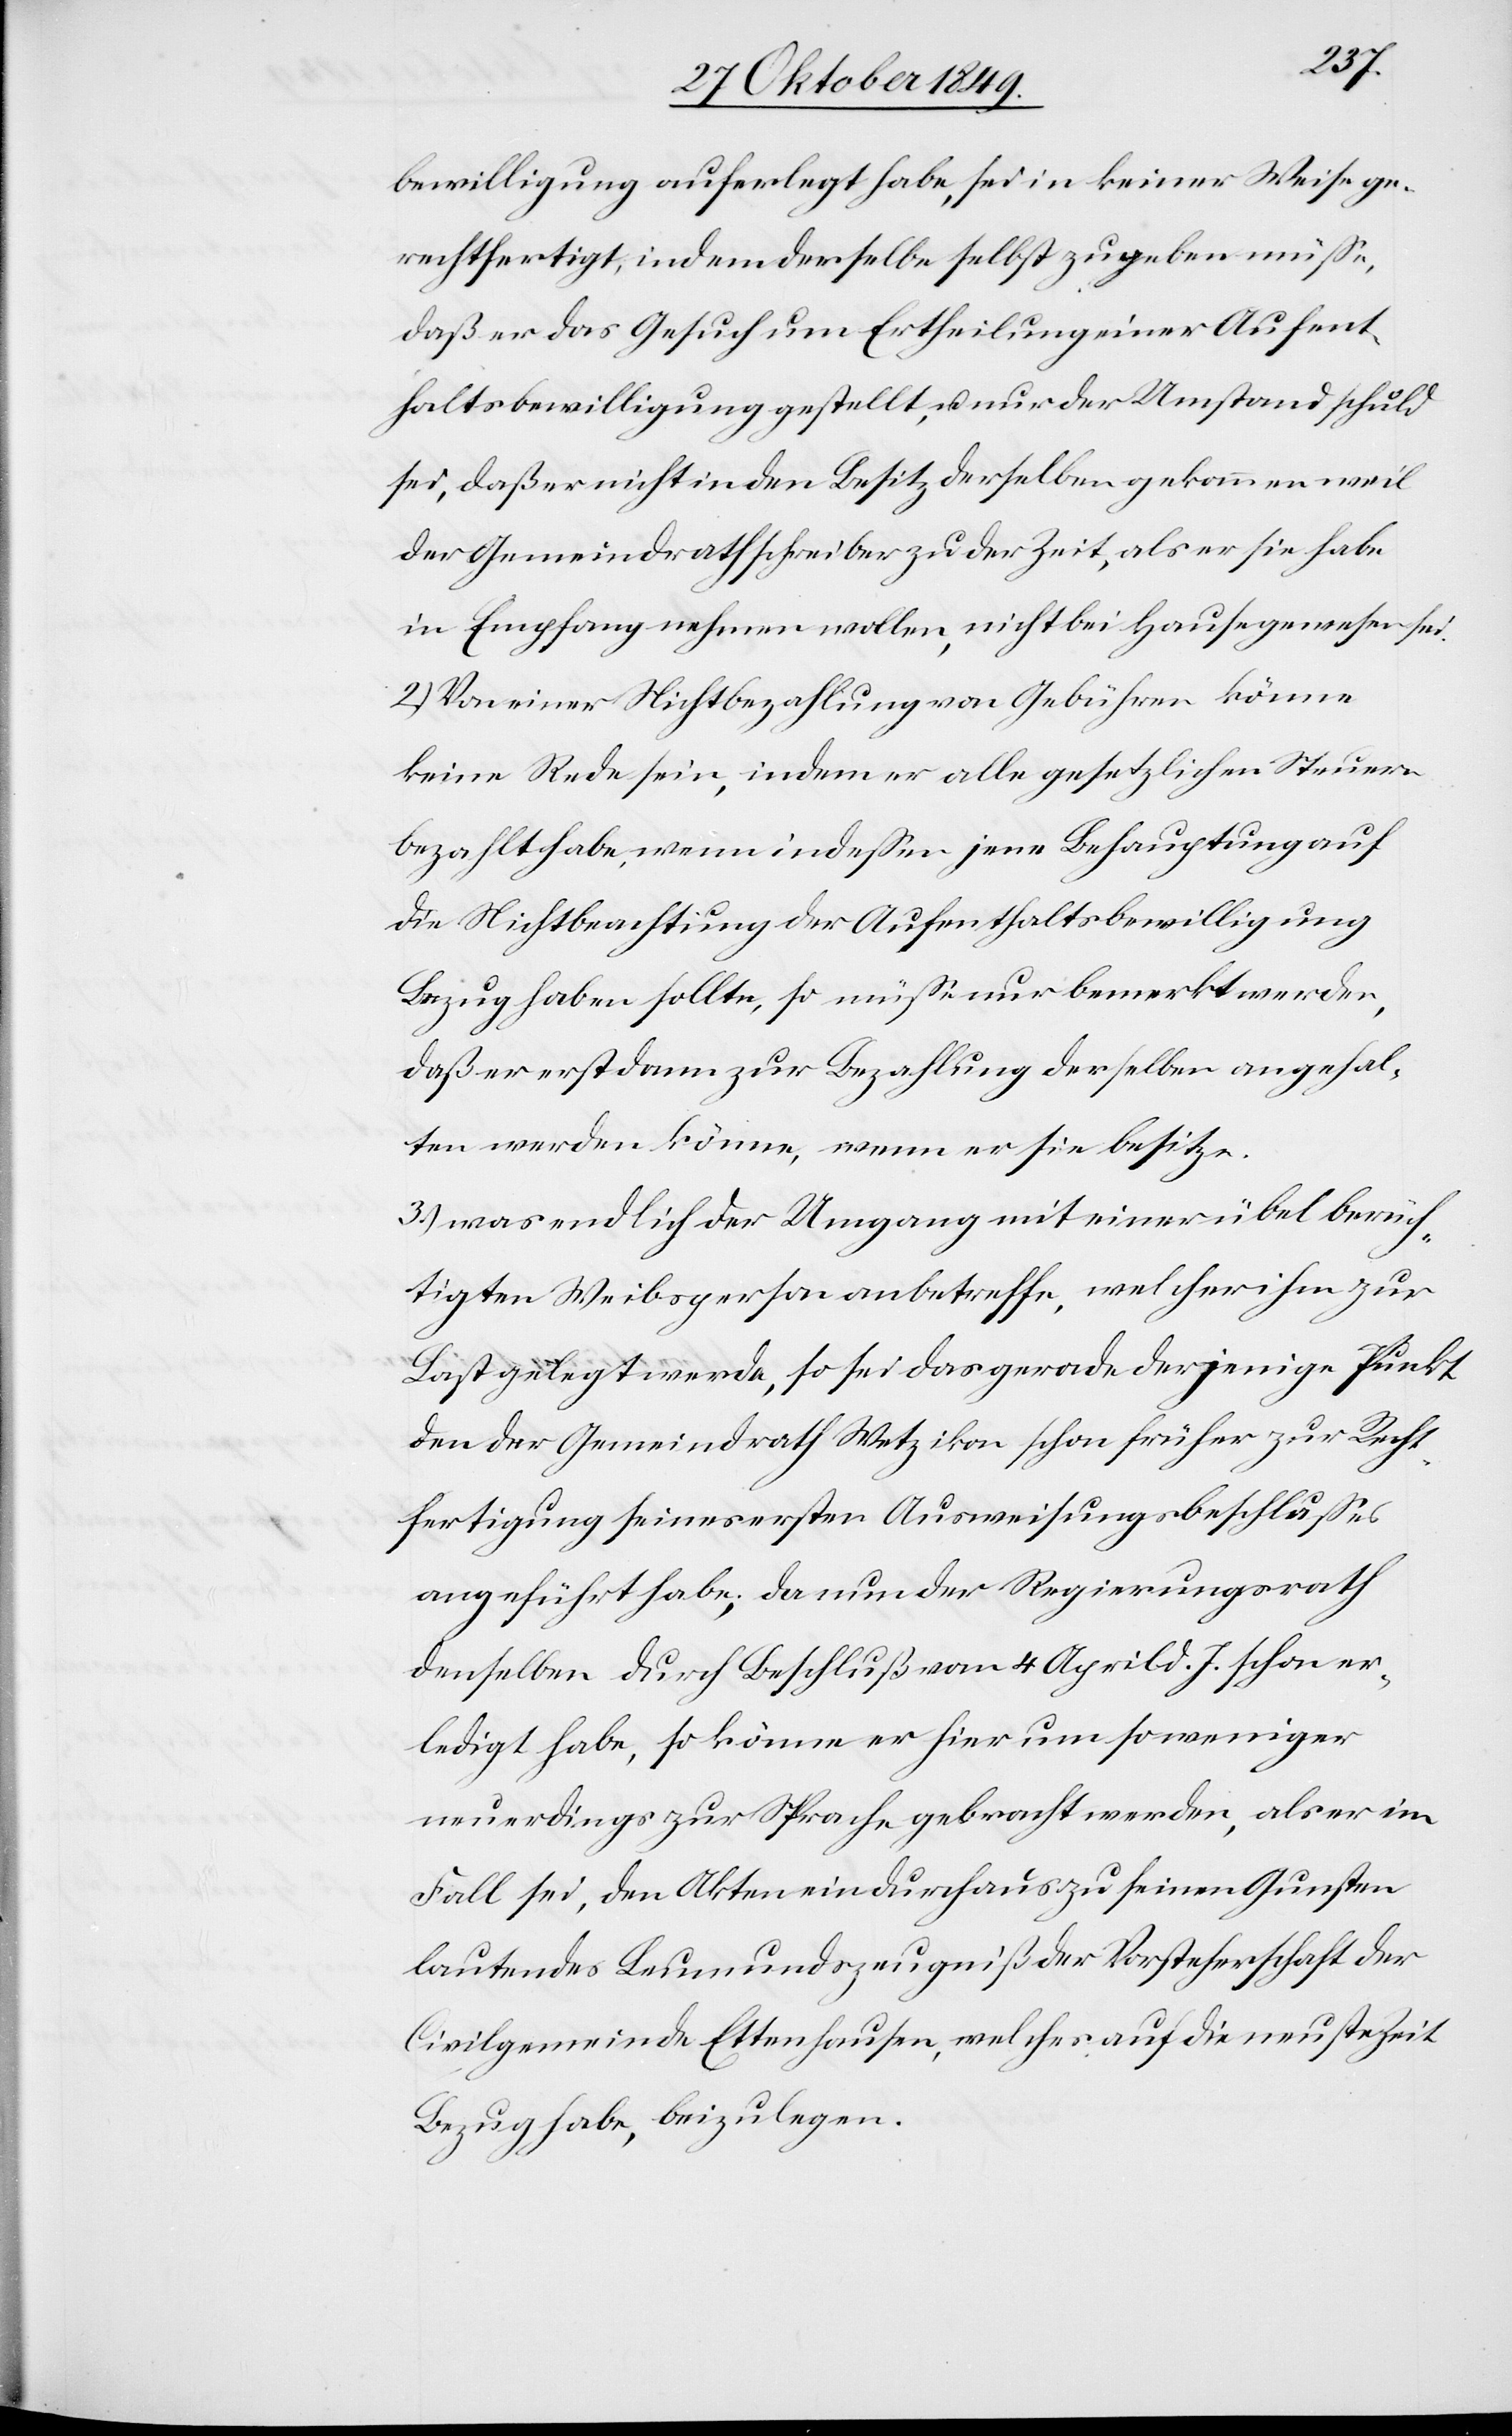
bewilligung auferlegt habe, sei in keiner Weise ge¬
rechtfertigt, indem derselbe selbst zugeben müße,
daß er das Gesuch um Ertheilung einer Aufent¬
haltsbewilligung gestellt, u. nur der Umstand schuld
sei, daß er nicht in den Besitz derselben gekommen weil
der Gemeindrathschreiber zu der Zeit, als er sie habe
in Empfang nehmen wollen, nicht bei Hause gewesen sei.
2.) Von einer Nichtbezahlung von Gebühren könne
keine Rede sein, indem er alle gesetzlichen Steuern
bezahlt habe, wenn indeßen jene Behauptungen auf
die Nichtbeachtung der Aufenthaltsbewilligung
Bezug haben sollte, so müße nur bemerkt werden,
daß er erst dann zur Bezahlung derselben angehal¬
ten werden könne, wenn er sie besitze.
3.) was endlich der Umgang mit einer übel berüch¬
tigten Weibsperson anbetreffe, welcher ihm zur
Last gelegt werde, so sei das gerade derjenige Punkt
den der Gemeindrath Wetzikon schon früher zur Recht¬
fertigung seines ersten Ausweisungsbeschlußes
angeführt habe, da nun der Regierungsrath
denselben durch Beschluß vom 4 April d. J. schon er¬
ledigt habe, so könne er hier um so weniger
neuerdings zur Sprache gebracht werden, als er im
Fall sei, den Akten ein durchaus zu seinen Gunsten
lautendes Leumundszeugniß der Vorsteherschaft der
Civilgemeinde Ettenhausen, welches auf die neuste Zeit
Bezug habe, beizulegen.